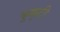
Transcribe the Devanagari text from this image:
कुक्कुटी